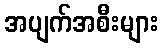
အပျက်အစီးများ